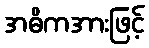
အဓိကအားဖြင့်